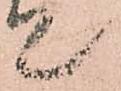
て